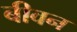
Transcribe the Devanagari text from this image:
बीवन